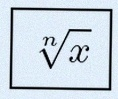
\sqrt[n]{x}